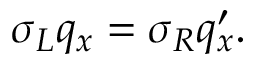
\sigma _ { L } q _ { x } = \sigma _ { R } q _ { x } ^ { \prime } .